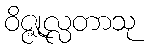
ဝိဇ္ဇုလ္လတာသု